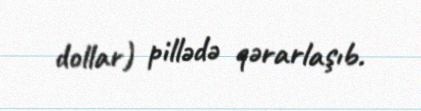
dollar) pillədə qərarlaşıb.